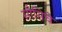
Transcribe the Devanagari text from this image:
सौसिचे